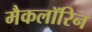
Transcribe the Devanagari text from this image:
मैकलॉरिन